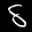
Label: 8